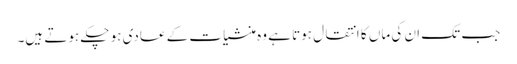
جب تک ان کی ماں کا انتقال ہوتا ہے وہ منشیات کے عادی ہو چکے ہوتے ہیں۔